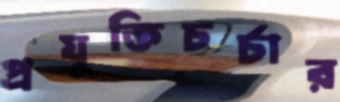
প্রযুক্তিচর্চার